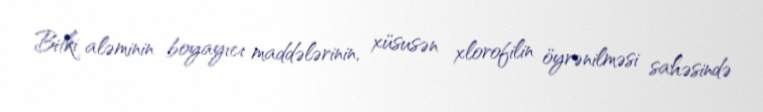
Bitki aləminin boyayıcı maddələrinin, xüsusən xlorofilin öyrənilməsi sahəsində